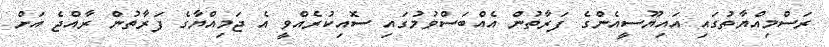
ރަސްމިއްޔާތުގައި އައިޔޫސީއެންގެ ފަރާތުން އެއްބަސްވުމުގައި ސޮއިކުރެއްވީ އެ ޖަމިއްޔާގެ ފަރާތުން ރާއްޖެ އަށް